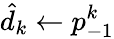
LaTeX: \hat{d}_{k}\gets p_{-1}^{k}